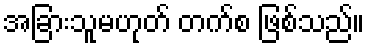
အခြားသူမဟုတ် တက်စ ဖြစ်သည်။